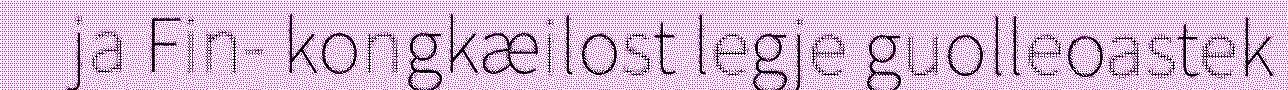
ja Fin- kongkæilost legje guolleoastek